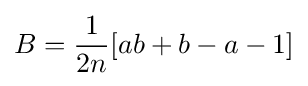
B={1 \over 2n}[ab+b-a-1]